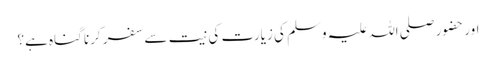
اور حضور صلی اللہ علیہ وسلم کی زیارت کی نیت سے سفر کرنا گناہ ہے؟